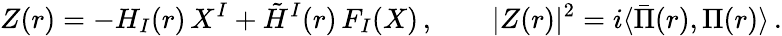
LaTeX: Z(r)=-H_{I}(r)\, X^{I}+\tilde{H}^{I}(r)\, F_{I}(X)\, ,\qquad\vert Z(r)\vert^{2}=i\langle\bar{\Pi}(r),\Pi(r)\rangle\, .